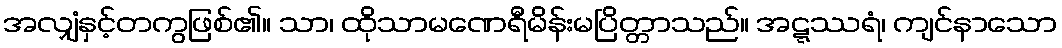
အလျှံနှင့်တကွဖြစ်၏။ သာ၊ ထိုသာမဏေရီမိန်းမပြိတ္တာသည်။ အဋ္ဋဿရံ၊ ကျင်နာသော